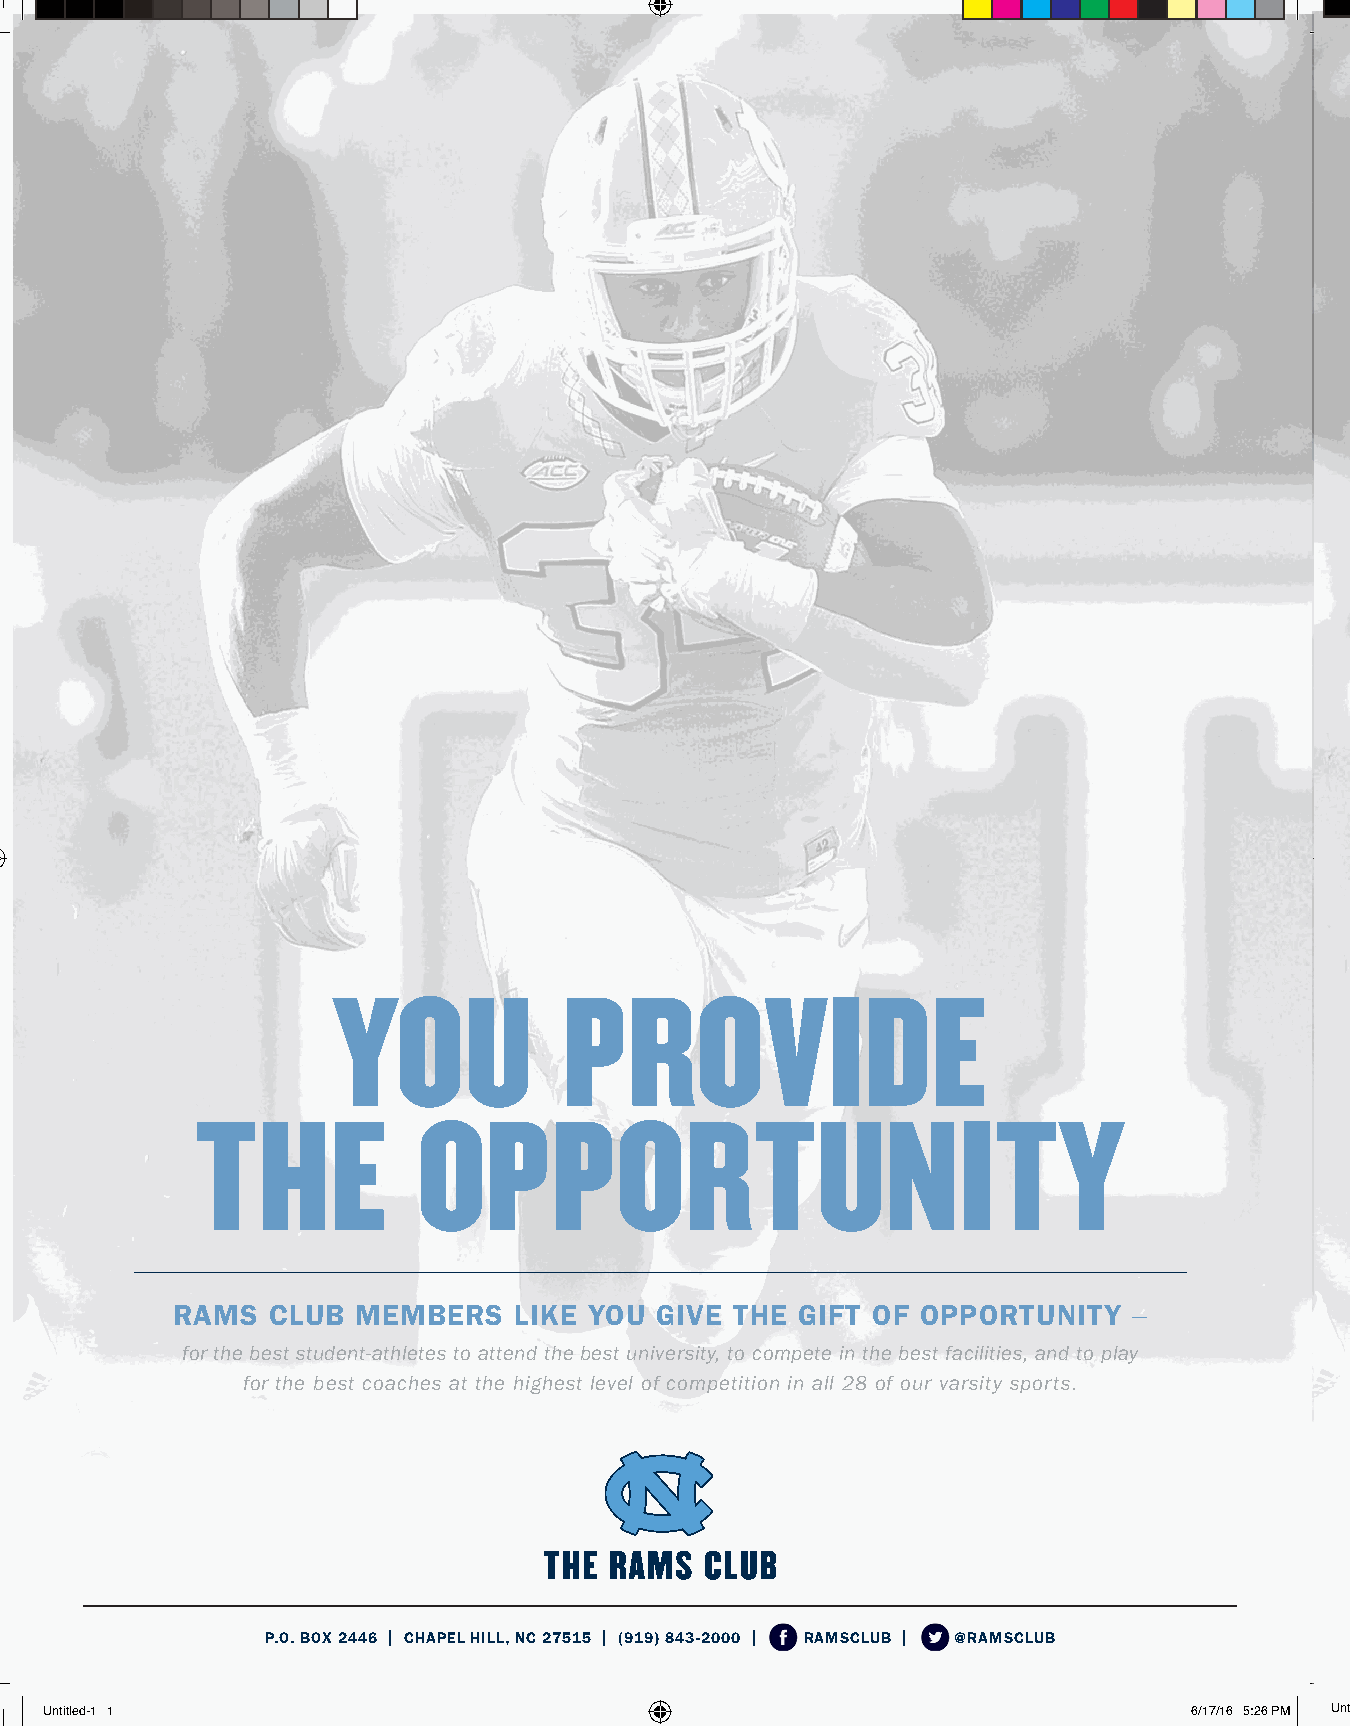
YOU            PROVIDE                                                               YOU            PROVIDE
 THE            OPPORTUNITY                                                           THE            OPPORTUNITY
 RAMS   CLUB  MEMBERS   LIKE YOU GIVE  THE GIFT OF OPPORTUNITY   –                     RAMS  CLUB  MEMBERS   LIKE YOU  GIVE THE GIFT OF OPPORTUNITY   –
 for the best student-athletes to attend the best university, to compete in the best facilities, and to play for the best student-athletes to attend the best university, to compete in the best facilities, and to play
 for the best coaches at the highest level of competition in all 28 of our varsity sports. for the best coaches at the highest level of competition in all 28 of our varsity sports.
 P.O. BOX 2446 | CHAPEL HILL, NC 27515 | (919) 843-2000 | RAMSCLUB | @RAMSCLUB        P.O. BOX 2446 | CHAPEL HILL, NC 27515 | (919) 843-2000 | RAMSCLUB | @RAMSCLUB
 Untitled-1 1                                                                6/17/16 5:26 PM Untitled-1 1                                                         6/17/16 5:26 PM